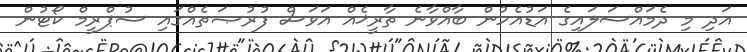
އަދި މި ދެމައްސަލައިގެ އަޑުއެހުން ބާއްވާނެ ތާރީޚެއް އަވަސް ފުރުޞަތެއްގައި ސުޕްރީމް ކޯޓުން